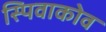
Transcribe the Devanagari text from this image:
स्पिवाकोव